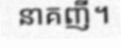
នាគញី។